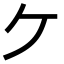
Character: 𫡏